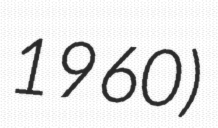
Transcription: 1960)